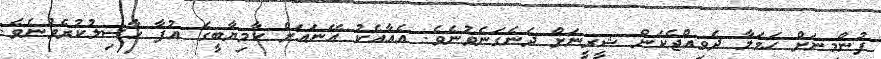
ފުންމިނަށް ހަމަލާ ދެވިއްޖެކަން ޝީރީނަށް ދެނެގަނެވުނެވެ. އެއާއެކު އޭނައަށް ކާމިޔާބީގެ އުފާ ހާސިލުކުރެވުނެވެ.